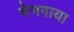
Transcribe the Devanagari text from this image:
मेनगाया